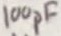
Text: 100pF